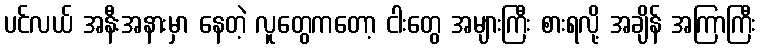
ပင်လယ် အနီးအနားမှာ နေတဲ့ လူတွေကတော့ ငါးတွေ အများကြီး စားရလို့ အချိန် အကြာကြီး